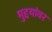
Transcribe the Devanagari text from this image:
मुद्दयांवर